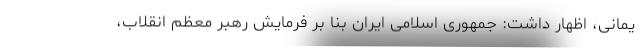
یمانی، اظهار داشت: جمهوری اسلامی ایران بنا بر فرمایش رهبر معظم انقلاب،